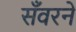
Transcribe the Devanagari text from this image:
सँवरने